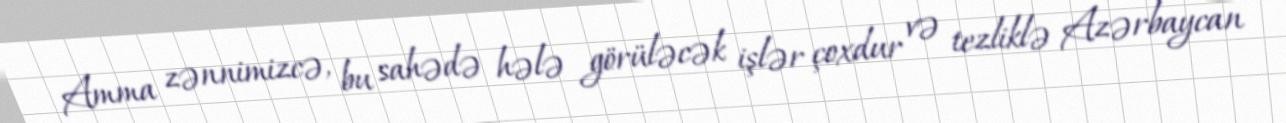
Amma zənnimizcə, bu sahədə hələ görüləcək işlər çoxdur və tezliklə Azərbaycan